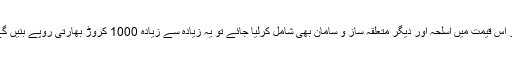
اگر اس قیمت میں اسلحہ اور دیگر متعلقہ ساز و سامان بھی شامل کرلیا جائے تو یہ زیادہ سے زیادہ 1000 کروڑ بھارتی روپے بنیں گے۔